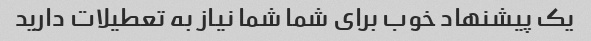
یک پیشنهاد خوب برای شما شما نیاز به تعطیلات دارید